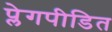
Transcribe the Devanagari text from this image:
प्लेगपीडित